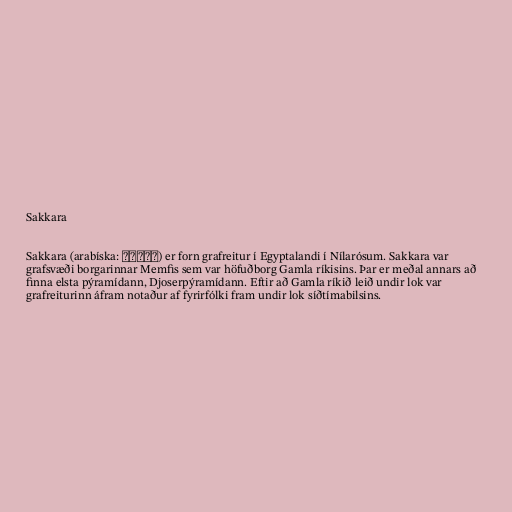
Sakkara

Sakkara (arabíska: سقارة‎) er forn grafreitur í Egyptalandi í Nílarósum. Sakkara var
grafsvæði borgarinnar Memfis sem var höfuðborg Gamla ríkisins. Þar er meðal annars að
finna elsta pýramídann, Djoserpýramídann. Eftir að Gamla ríkið leið undir lok var
grafreiturinn áfram notaður af fyrirfólki fram undir lok síðtímabilsins.